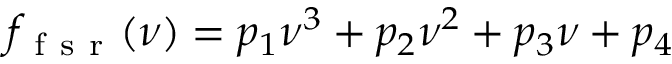
f _ { \mathrm { ~ f ~ s ~ r ~ } } ( \nu ) = p _ { 1 } \nu ^ { 3 } + p _ { 2 } \nu ^ { 2 } + p _ { 3 } \nu + p _ { 4 }